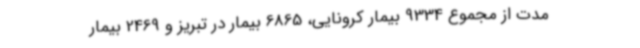
مدت از مجموع 9334 بیمار کرونایی، 6865 بیمار در تبریز و 2469 بیمار